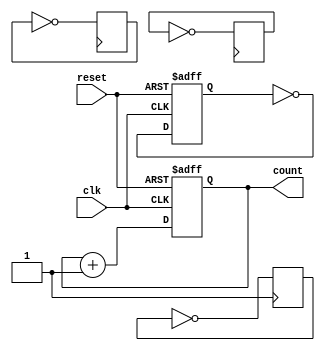
module async_counter #(parameter N = 4) (
    input wire clk,          // Clock signal
    input wire reset,        // Asynchronous reset signal
    output reg [N-1:0] count // N-bit counter output
);

// Always block to handle the asynchronous reset and counting
always @(posedge clk or posedge reset) begin
    if (reset) begin
        count <= 0; // Reset the counter to 0
    end else begin
        // Increment the counter
        count[N-1:0] <= count + 1;
    end
end

// Generate the toggling behavior of the flip-flops
genvar i;
generate
    for (i = 0; i < N; i = i + 1) begin: flip_flops
        if (i == 0) begin
            // LSB toggles on every clock pulse
            always @(posedge clk or posedge reset) begin
                if (reset) begin
                    count[i] <= 0;
                end else begin
                    count[i] <= ~count[i]; // Toggle the LSB
                end
            end
        end else begin
            // Each subsequent flip-flop toggles on falling edge of the previous flip-flop
            always @(negedge flip_flops[i-1].count) begin
                count[i] <= ~count[i]; // Toggle the current flip-flop
            end
        end
    end
endgenerate

endmodule